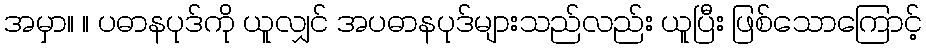
အမှာ။ ။ ပဓာနပုဒ်ကို ယူလျှင် အပဓာနပုဒ်များသည်လည်း ယူပြီး ဖြစ်သောကြောင့်